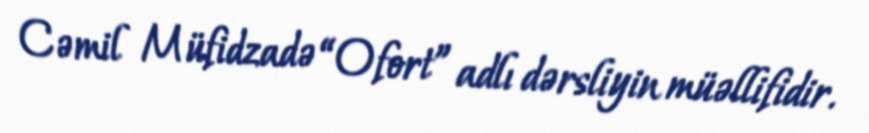
Cəmil Müfidzadə “Ofort” adlı dərsliyin müəllifidir.